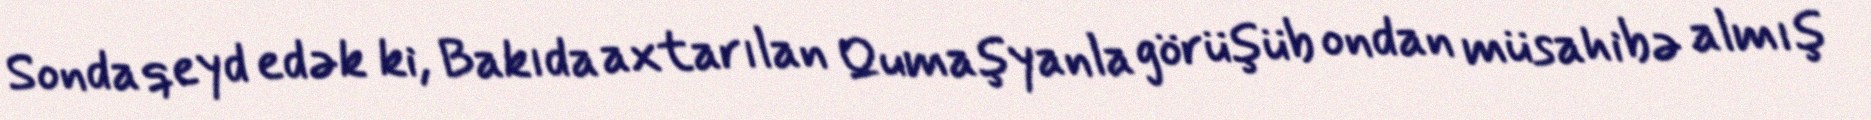
Sonda qeyd edək ki, Bakıda axtarılan Qumaşyanla görüşüb ondan müsahibə almış